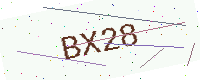
Text: BX28